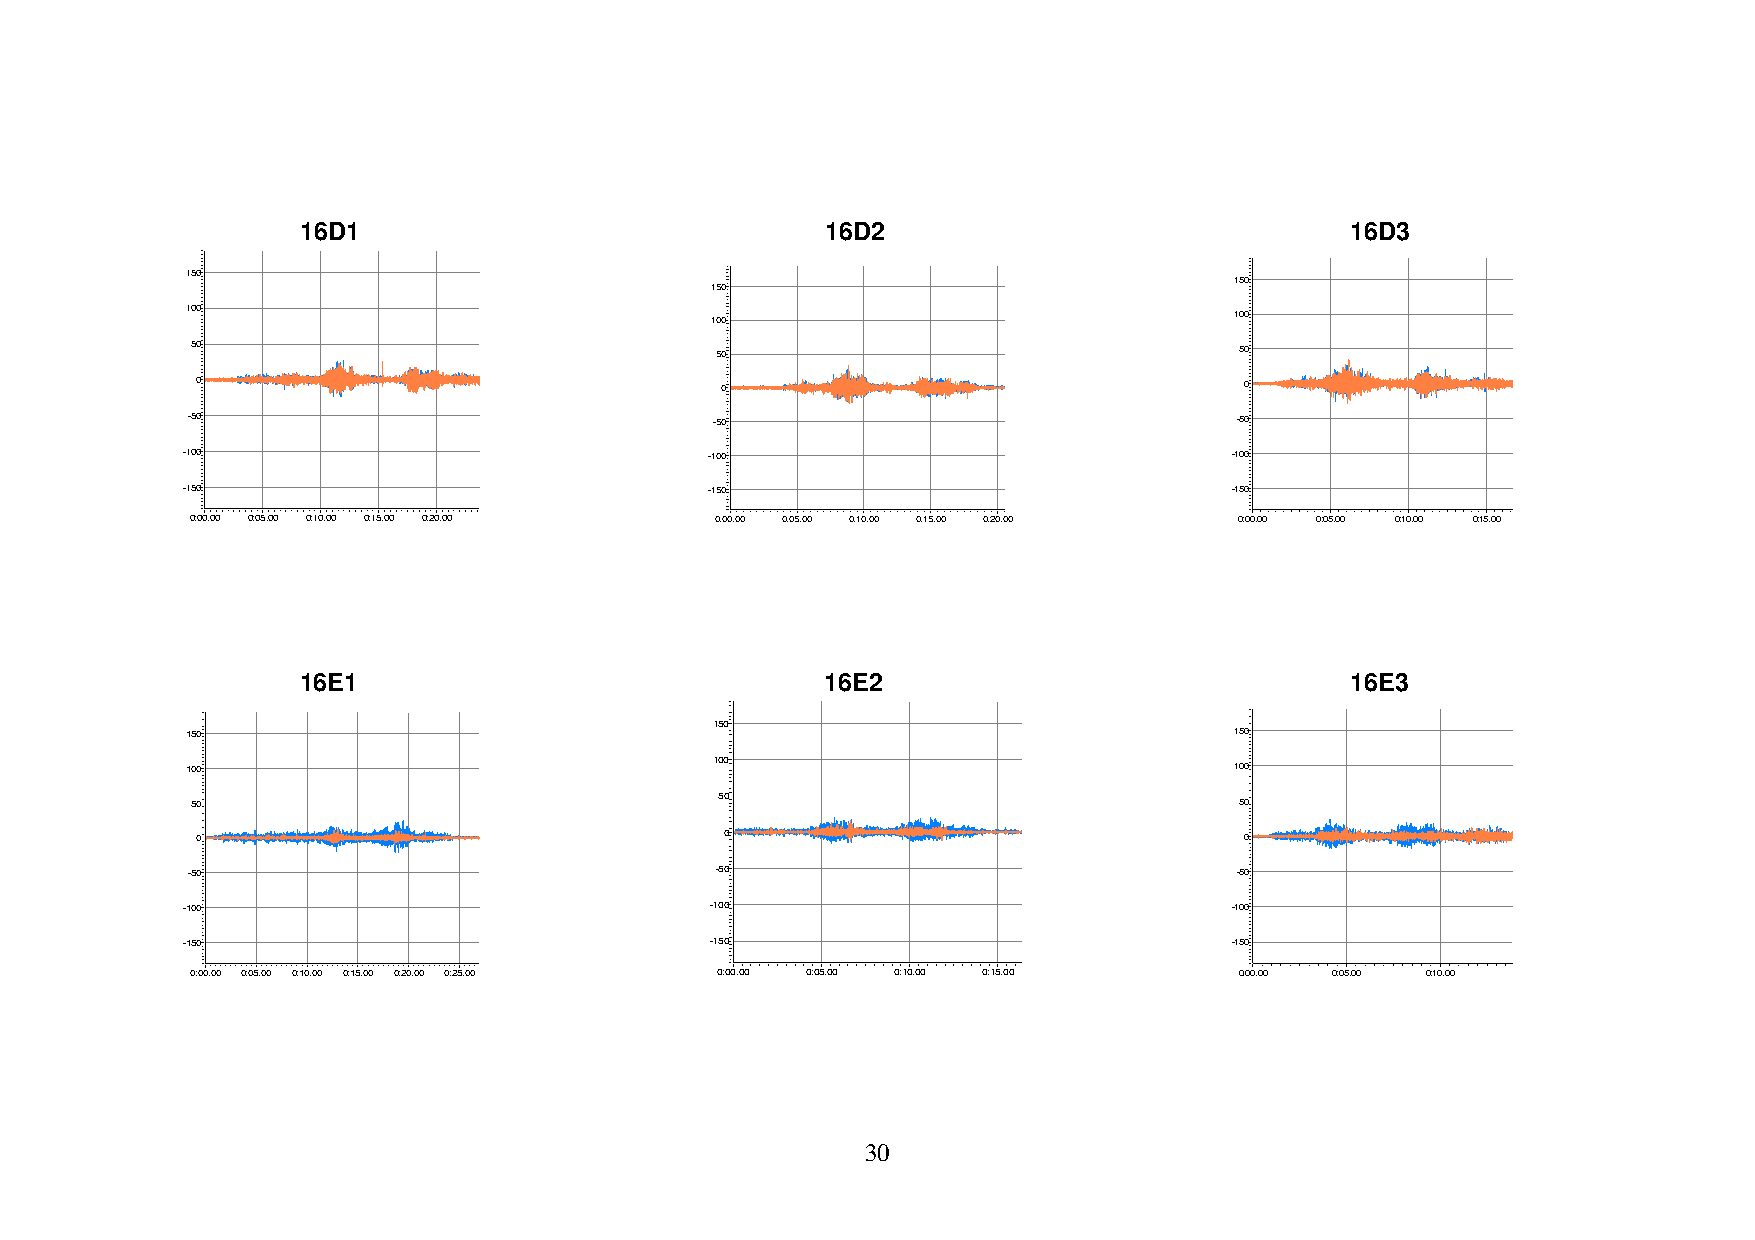
16D1                               16D2                              16D3
 150
 150
 150
 100                                100                                100
 50                                50                                 50
 0                                  0                                 0
 -50                                -50                                -50
 -100                               -100                              -100
 -150                               -150                              -150
 0:00.00 0:05.00 0:10.00 0:15.00 0:20.00 0:00.00 0:05.00 0:10.00 0:15.00 0:20.00 0:00.00 0:05.00 0:10.00 0:15.00
 16E1                               16E2                              16E3
 150
 150                                                                   150
 100                                100                                100
 50                                 50                                50
 0                                  0                                 0
 -50                                -50                                -50
 -100                               -100                               -100
 -150                               -150                               -150
 0:00.00 0:05.00 0:10.00 0:15.00 0:20.00 0:25.00 0:00.00 0:05.00 0:10.00 0:15.00 0:00.00 0:05.00 0:10.00
 30